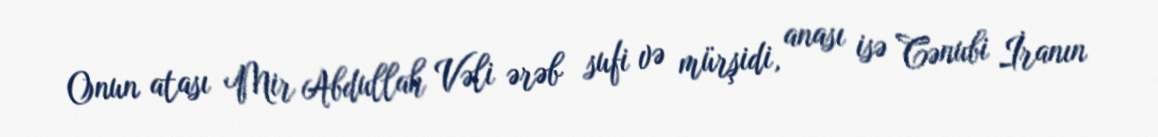
Onun atası Mir Abdullah Vəli ərəb sufi və mürşidi, anası isə Cənubi İranın